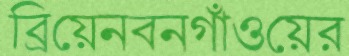
ব্রিয়েনবনগাঁওয়ের